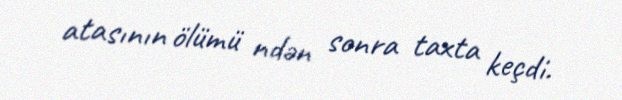
atasının ölümü ndən sonra taxta keçdi.